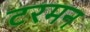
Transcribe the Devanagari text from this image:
टरमन